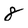
Character: 8